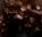
الناس